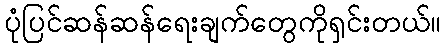
ပုံပြင်ဆန်ဆန်ရေးချက်တွေကိုရှင်းတယ်။